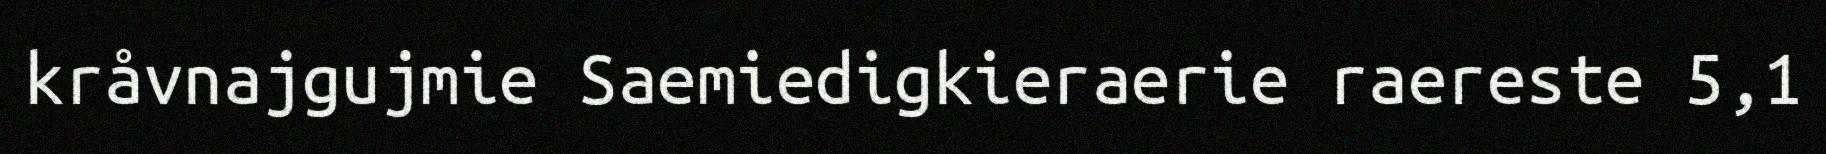
kråvnajgujmie Saemiedigkieraerie raereste 5,1